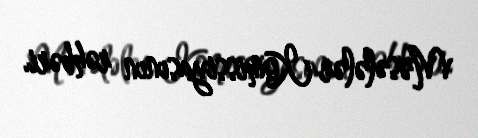
Məsələlər Komissiyasının rəhbəri.